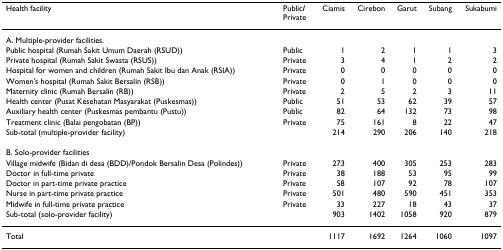
| Health facility | Public/Private | Ciamis | Cirebon | Garut | Subang | Sukabumi |
 | --- | --- | --- | --- | --- | --- | --- |
 | A. Multiple-provider facilities. |  |  |  |  |  |  |
 | Public hospital (Rumah Sakit Umum Daerah (RSUD)) | Public | 1 | 2 | 1 | 1 | 3 |
 | Private hospital (Rumah Sakit Swasta (RSUS)) | Private | 3 | 4 | 1 | 2 | 2 |
 | Hospital for women and children (Rumah Sakit Ibu dan Anak (RSIA)) | Private | 0 | 0 | 0 | 0 | 0 |
 | Women's hospital (Rumah Sakit Bersalin (RSB)) | Private | 0 | 1 | 0 | 0 | 0 |
 | Maternity clinic (Rumah Bersalin (RB)) | Private | 2 | 5 | 2 | 3 | 11 |
 | Health center (Pusat Kesehatan Masyarakat (Puskesmas)) | Public | 51 | 53 | 62 | 39 | 57 |
 | Auxiliary health center (Puskesmas pembantu (Pustu)) | Public | 82 | 64 | 132 | 73 | 98 |
 | Treatment clinic (Balai pengobatan (BP)) | Private | 75 | 161 | 8 | 22 | 47 |
 | Sub-total (multiple-provider facility) |  | 214 | 290 | 206 | 140 | 218 |
 | B. Solo-provider facilities |  |  |  |  |  |  |
 | Village midwife (Bidan di desa (BDD)/Pondok Bersalin Desa (Polindes)) | Private | 273 | 400 | 305 | 253 | 283 |
 | Doctor in full-time private | Private | 38 | 188 | 53 | 95 | 99 |
 | Doctor in part-time private practice | Private | 58 | 107 | 92 | 78 | 107 |
 | Nurse in part-time private practice | Private | 501 | 480 | 590 | 451 | 353 |
 | Midwife in full-time private practice | Private | 33 | 227 | 18 | 43 | 37 |
 | Sub-total (solo-provider facility) |  | 903 | 1402 | 1058 | 920 | 879 |
 | Total |  | 1117 | 1692 | 1264 | 1060 | 1097 |